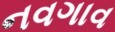
નવગાવ